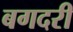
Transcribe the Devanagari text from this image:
बगदरी